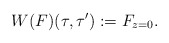
\begin{align*} W(F)(\tau,\tau') := F_{z=0}.\end{align*}